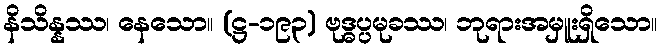
နိသိန္နဿ၊ နေသော။ (ဋ္ဌ-၁၉၃) ဗုဒ္ဓပ္ပမုခဿ၊ ဘုရားအမှူးရှိသော။